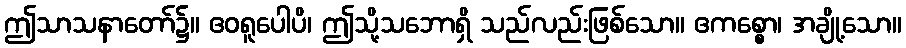
ဤသာသနာတော်၌။ ဧဝရူပေါပိ၊ ဤသို့သဘောရှိ သည်လည်းဖြစ်သော။ ဧကစ္စော၊ အချို့သော။